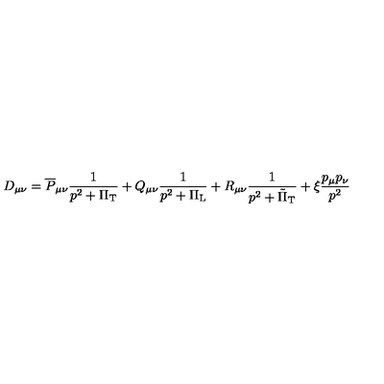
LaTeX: D _ { \mu \nu } = \overline { { P } } _ { \mu \nu } \frac { 1 } { p ^ { 2 } + \Pi _ { \mathrm { T } } } + Q _ { \mu \nu } \frac { 1 } { p ^ { 2 } + \Pi _ { \mathrm { L } } } + R _ { \mu \nu } \frac { 1 } { p ^ { 2 } + \tilde { \Pi } _ { \mathrm { T } } } + \xi \frac { p _ { \mu } p _ { \nu } } { p ^ { 2 } }